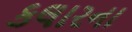
કલારના